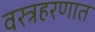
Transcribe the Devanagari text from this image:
वस्त्रहरणात